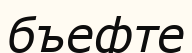
бъефте